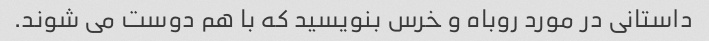
داستانی در مورد روباه و خرس بنویسید که با هم دوست می شوند.